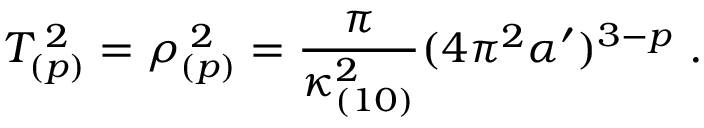
T _ { ( p ) } ^ { \; 2 } = \rho _ { ( p ) } ^ { \; 2 } = \frac { \pi } { \kappa _ { ( 1 0 ) } ^ { 2 } } ( 4 \pi ^ { 2 } \alpha ^ { \prime } ) ^ { 3 - p } \ .